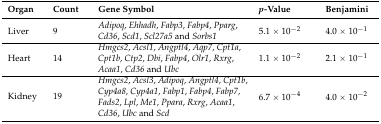
<table><thead><tr><td><b>Organ</b></td><td><b>Count</b></td><td><b>Gene Symbol</b></td><td><b><i>p-</i>Value</b></td><td><b>Benjamini</b></td></tr></thead><tbody><tr><td>Liver</td><td>9</td><td><i>Adipoq</i>, <i>Ehhadh</i>, <i>Fabp3</i>, <i>Fabp4</i>, <i>Pparg</i>, <i>Cd36</i>, <i>Scd1</i>, <i>Scl27a5</i> and <i>Sorbs1</i></td><td>5.1 × 10<sup>−2</sup></td><td>4.0 × 10<sup>−1</sup></td></tr><tr><td>Heart</td><td>14</td><td><i>Hmgcs2</i>, <i>Acsl1</i>, <i>Angptl4</i>, <i>Aqp7</i>, <i>Cpt1a</i>, <i>Cpt1b</i>, <i>Ctp2</i>, <i>Dbi</i>, <i>Fabp4</i>, <i>Olr1</i>, <i>Rxrg</i>, <i>Acaa1</i>, <i>Cd36</i> and <i>Ubc</i></td><td>1.1 × 10<sup>−2</sup></td><td>2.1 × 10<sup>−1</sup></td></tr><tr><td>Kidney</td><td>19</td><td><i>Hmgcs2</i>, <i>Acsl3</i>, <i>Adipoq</i>, <i>Angptl4</i>, <i>Cpt1b</i>, <i>Cyp4a8</i>, <i>Cyp4a1</i>, <i>Fabp1</i>, <i>Fabp4</i>, <i>Fabp7</i>, <i>Fads2</i>, <i>Lpl</i>, <i>Me1</i>, <i>Ppara</i>, <i>Rxrg</i>, <i>Acaa1</i>, <i>Cd36</i>, <i>Ubc</i> and <i>Scd</i></td><td>6.7 × 10<sup>−4</sup></td><td>4.0 × 10<sup>−2</sup></td></tr></tbody></table>